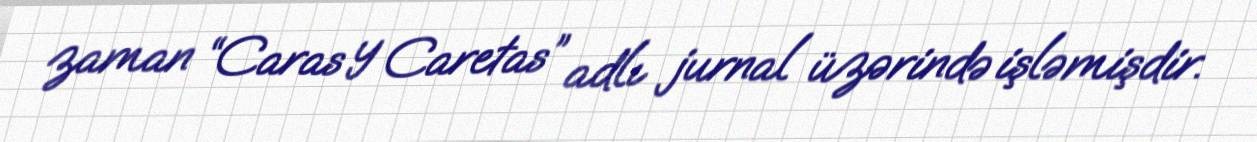
zaman “Caras y Caretas” adlı jurnal üzərində işləmişdir.